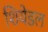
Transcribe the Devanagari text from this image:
शियेडल